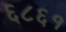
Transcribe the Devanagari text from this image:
६८६१